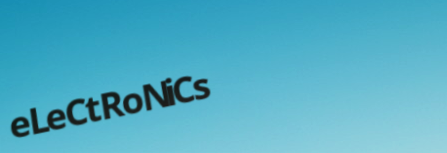
eLeCtRoNiCs